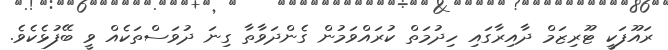
ރައޫފަކީ ޓޫރިޒަމް ދާއިރާގައި ހިދުމަތް ކުރައްވަމުން ގެންދަވާތާ ގިނަ ދުވަސްތަކެއް ވީ ބޭފުޅެކެވެ.